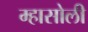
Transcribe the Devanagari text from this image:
म्हासोली